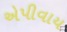
એપીવાય